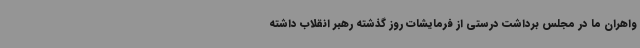
واهران ما در مجلس برداشت درستی از فرمایشات روز گذشته رهبر انقلاب داشته